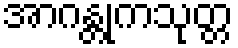
အာဂန္တုကသုတ္တ